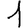
Digit: 1